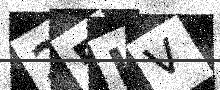
Text: 25IV